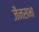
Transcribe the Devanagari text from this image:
जैनसभा